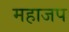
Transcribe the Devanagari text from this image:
महाजप